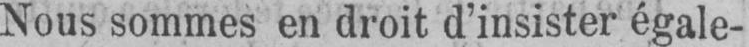
Nous sommes en droit d’insister égale-